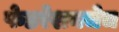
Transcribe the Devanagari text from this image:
फेडरेशनचेच